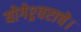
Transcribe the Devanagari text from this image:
योगेश्र्वराचे।